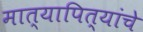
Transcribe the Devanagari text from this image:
मात्यापित्यांचे